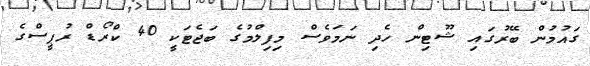
ގައުމުން ބޭރުގައި ޝޫޓިން ހެދި ނަމަވެސް މިފިލްމުގެ ބަޖެޓަކީ 40 ކްރޯޑް ރުޕީސްގެ